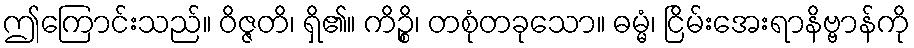
ဤကြောင်းသည်။ ဝိဇ္ဇတိ၊ ရှိ၏။ ကိဉ္စိ၊ တစုံတခုသော။ ဓမ္မံ၊ ငြိမ်းအေးရာနိဗ္ဗာန်ကို